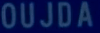
OUJDA